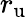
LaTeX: r_{\mathrm{{u}}}